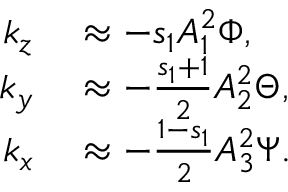
\begin{array} { r l } { k _ { z } } & { { } \approx - s _ { 1 } A _ { 1 } ^ { 2 } \Phi , } \\ { k _ { y } } & { { } \approx - \frac { s _ { 1 } + 1 } { 2 } A _ { 2 } ^ { 2 } \Theta , } \\ { k _ { x } } & { { } \approx - \frac { 1 - s _ { 1 } } { 2 } A _ { 3 } ^ { 2 } \Psi . } \end{array}